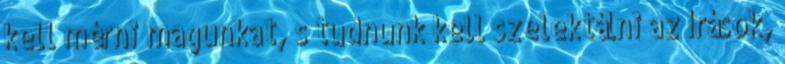
kell mérni magunkat, s tudnunk kell szelektálni az írások,